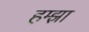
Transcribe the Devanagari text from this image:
हम्झा